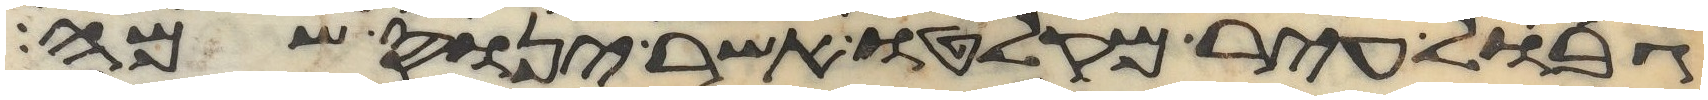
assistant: גבול עיר מקלטו אשר ינוס שמה